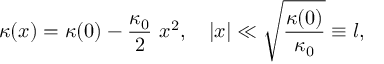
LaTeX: \kappa ( x ) = \kappa ( 0 ) - \frac { \kappa _ { 0 } } { 2 } ~ x ^ { 2 } , ~ ~ ~ | x | \ll \sqrt { \frac { \kappa ( 0 ) } { \kappa _ { 0 } } } \equiv l ,